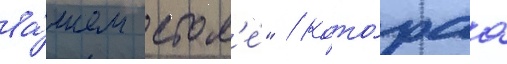
ва́шем стол'е́" / кото́раа